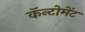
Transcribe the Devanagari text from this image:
कॅन्टोमेंट